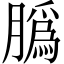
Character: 𦠽